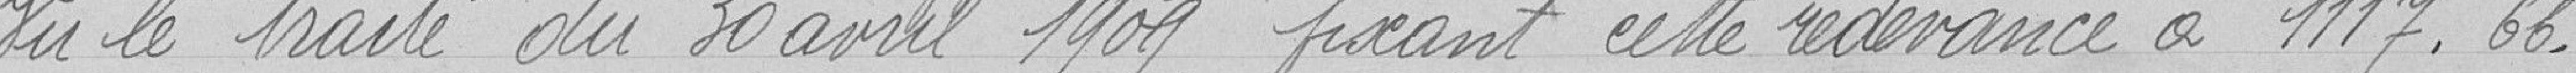
Vu le traité du 30 avril 1909 fixant cette redevance à 1117. 66 francs.